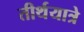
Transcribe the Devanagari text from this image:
तीर्थयात्रे